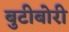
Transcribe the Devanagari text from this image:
बुटीबोरी